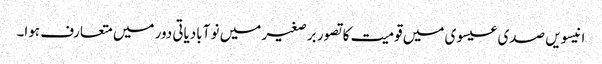
انیسویں صدی عیسوی میں قومیت کا تصور برصغیر میں نو آبادیاتی دور میں متعارف ہوا۔